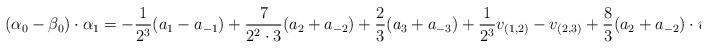
LaTeX: \begin{align*}(\alpha_0 - \beta_0) \cdot \alpha_1 = -\frac{1}{2^3}(a_1 - a_{-1}) + \frac{7}{2^2 \cdot 3}(a_2 + a_{-2}) + \frac{2}{3}(a_3 + a_{-3}) + \frac{1}{2^3}v_{(1,2)} - v_{(2,3)} + \frac{8}{3}(a_2 + a_{-2}) \cdot v_{(1,3)}\end{align*}